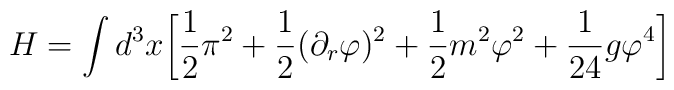
H=\int d^3x\biggl[\frac{1}{2}\pi^2+\frac{1}{2}(\partial_r \varphi)^2+\frac{1}{2}m^2\varphi^2+\frac{1}{24}g\varphi^{4}\biggr]